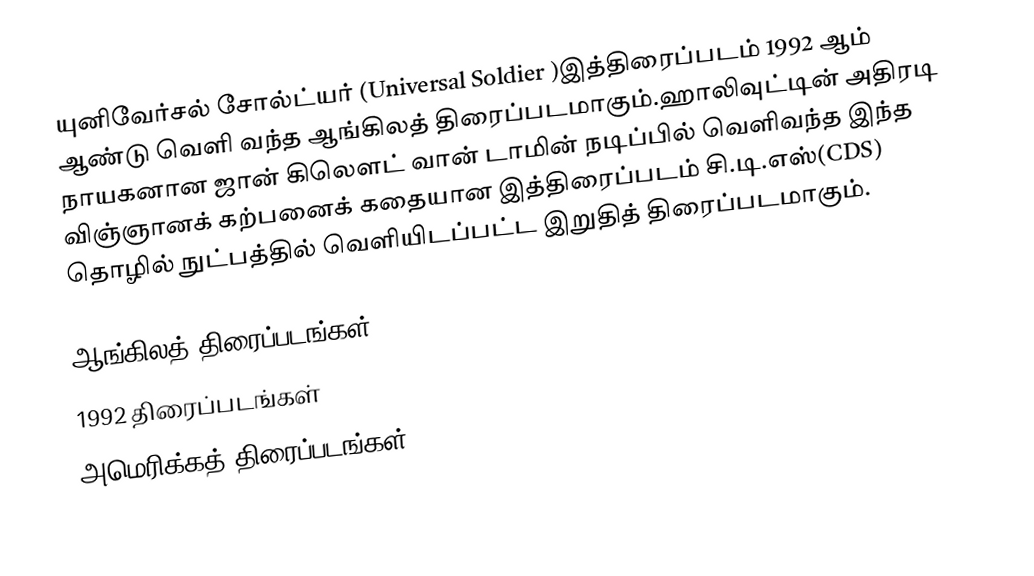
யுனிவேர்சல் சோல்ட்யர் (Universal Soldier )இத்திரைப்படம் 1992 ஆம் ஆண்டு வெளி வந்த ஆங்கிலத் திரைப்படமாகும்.ஹாலிவுட்டின் அதிரடி நாயகனான ஜான் கிலௌட் வான் டாமின் நடிப்பில் வெளிவந்த இந்த விஞ்ஞானக் கற்பனைக் கதையான இத்திரைப்படம் சி.டி.எஸ்(CDS) தொழில் நுட்பத்தில் வெளியிடப்பட்ட இறுதித் திரைப்படமாகும்.

ஆங்கிலத் திரைப்படங்கள்
1992 திரைப்படங்கள்
அமெரிக்கத் திரைப்படங்கள்